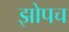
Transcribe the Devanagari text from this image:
झोपच